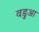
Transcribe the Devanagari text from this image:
वडुआ